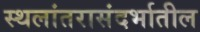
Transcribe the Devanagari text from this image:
स्थलांतरासंदर्भातील